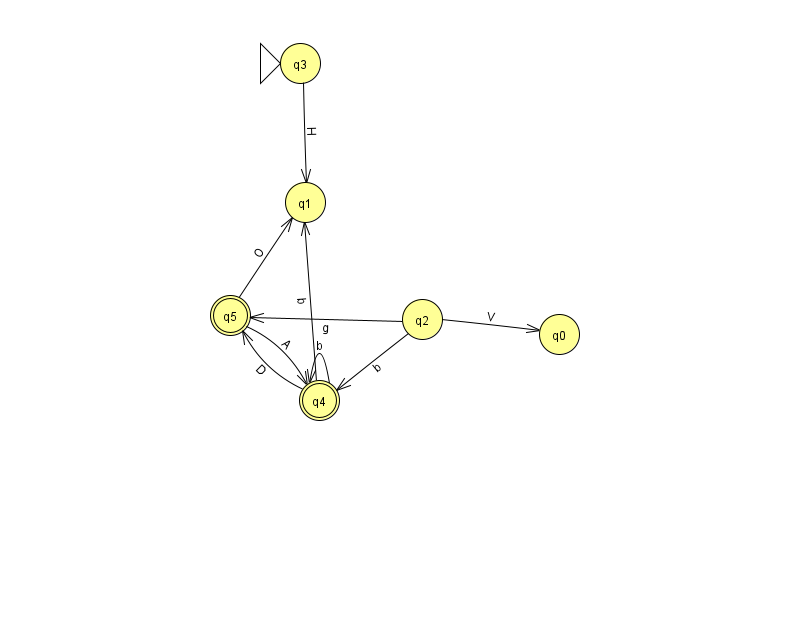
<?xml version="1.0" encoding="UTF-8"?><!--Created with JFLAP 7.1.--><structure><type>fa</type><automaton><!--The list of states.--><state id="0" name="q0"><x>559.0</x><y>321.0</y></state><state id="1" name="q1"><x>305.0</x><y>189.0</y></state><state id="2" name="q2"><x>422.0</x><y>306.0</y></state><state id="3" name="q3"><x>300.0</x><y>50.0</y><initial/></state><state id="4" name="q4"><x>319.0</x><y>387.0</y><final/></state><state id="5" name="q5"><x>230.0</x><y>302.0</y><final/></state><!--The list of transitions.--><transition><from>4</from><to>4</to><read>b</read></transition><transition><from>5</from><to>1</to><read>O</read></transition><transition><from>4</from><to>1</to><read>b</read></transition><transition><from>2</from><to>5</to><read>g</read></transition><transition><from>2</from><to>0</to><read>V</read></transition><transition><from>4</from><to>5</to><read>D</read></transition><transition><from>3</from><to>1</to><read>H</read></transition><transition><from>5</from><to>4</to><read>A</read></transition><transition><from>2</from><to>4</to><read>b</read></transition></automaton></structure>